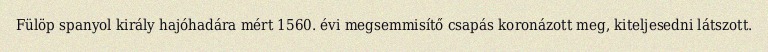
Fülöp spanyol király hajóhadára mért 1560. évi megsemmisítő csapás koronázott meg, kiteljesedni látszott.